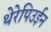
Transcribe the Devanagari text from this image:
थेरेपिउईन